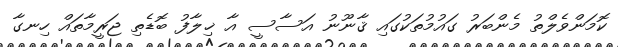
ކޮމަންވެލްތު މެންބަރު ގައުމުތަކުގައި ޤާނޫނު އަސާސީ އާ ޚިލާފު ބޮޑެތި ޖަރީމާތައް ހިނގާ